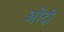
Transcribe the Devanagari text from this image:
ओंदो